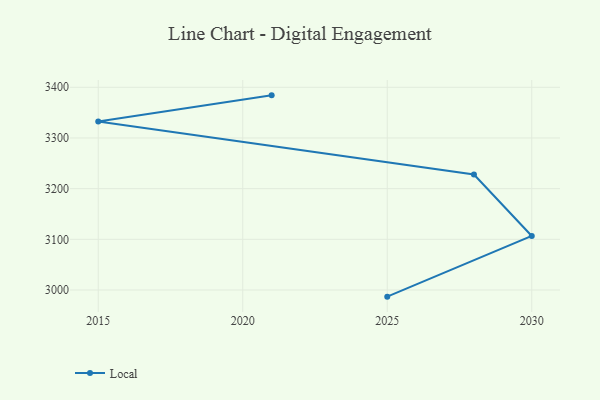
{"axis": {"x": "Year", "y": "Market Share (%)"}, "legend": ["Local"], "data": [{"x": "2021", "y": 3384.1, "type": "Local"}, {"x": "2015", "y": 3332.7, "type": "Local"}, {"x": "2028", "y": 3227.8, "type": "Local"}, {"x": "2030", "y": 3106.6, "type": "Local"}, {"x": "2025", "y": 2986.9, "type": "Local"}]}